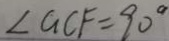
\angle G C F = 9 0 ^ { \circ }